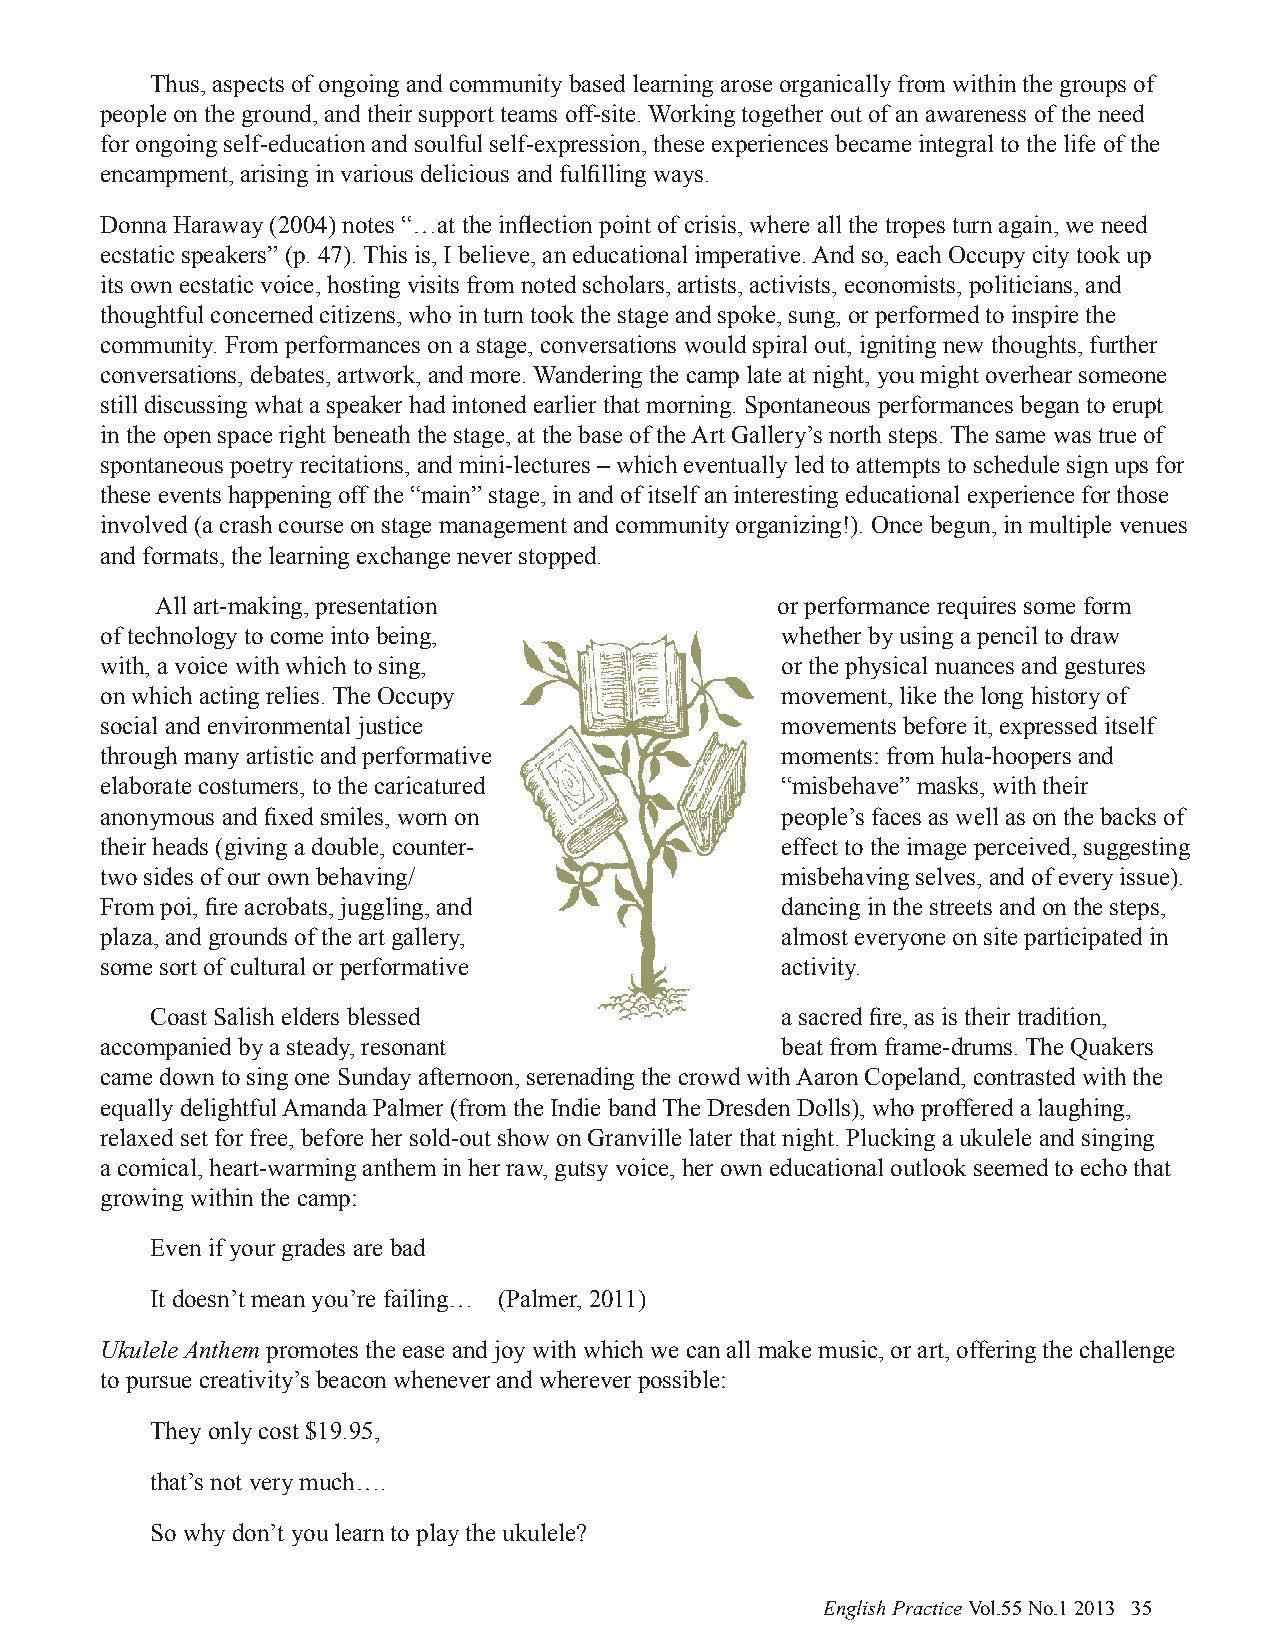
Thus, aspects of ongoing and community based learning arose organically from within the groups of
 people on the ground, and their support teams off-site. Working together out of an awareness of the need
 for ongoing self-education and soulful self-expression, these experiences became integral to the life of the
 encampment, arising in various delicious and fulfilling ways.
 Donna Haraway (2004) notes “…at the inflection point of crisis, where all the tropes turn again, we need
 ecstatic speakers” (p. 47). This is, I believe, an educational imperative. And so, each Occupy city took up
 its own ecstatic voice, hosting visits from noted scholars, artists, activists, economists, politicians, and
 thoughtful concerned citizens, who in turn took the stage and spoke, sung, or performed to inspire the
 community. From performances on a stage, conversations would spiral out, igniting new thoughts, further
 conversations, debates, artwork, and more. Wandering the camp late at night, you might overhear someone
 still discussing what a speaker had intoned earlier that morning. Spontaneous performances began to erupt
 in the open space right beneath the stage, at the base of the Art Gallery’s north steps. The same was true of
 spontaneous poetry recitations, and mini-lectures – which eventually led to attempts to schedule sign ups for
 these events happening off the “main” stage, in and of itself an interesting educational experience for those
 involved (a crash course on stage management and community organizing!). Once begun, in multiple venues
 and formats, the learning exchange never stopped.
 All art-making, presentation             or performance requires some form
 of technology to come into being,            whether by using a pencil to draw
 with, a voice with which to sing,            or the physical nuances and gestures
 on which acting relies. The Occupy           movement, like the long history of
 social and environmental justice             movements before it, expressed itself
 through many artistic and performative       moments: from hula-hoopers and
 elaborate costumers, to the caricatured      “misbehave” masks, with their
 anonymous and fixed smiles, worn on          people’s faces as well as on the backs of
 their heads (giving a double, counter-       effect to the image perceived, suggesting
 two sides of our own behaving/               misbehaving selves, and of every issue).
 From poi, fire acrobats, juggling, and       dancing in the streets and on the steps,
 plaza, and grounds of the art gallery,       almost everyone on site participated in
 some sort of cultural or performative        activity.
 Coast Salish elders blessed               a sacred fire, as is their tradition,
 accompanied by a steady, resonant            beat from frame-drums. The Quakers
 came down to sing one Sunday afternoon, serenading the crowd with Aaron Copeland, contrasted with the
 equally delightful Amanda Palmer (from the Indie band The Dresden Dolls), who proffered a laughing,
 relaxed set for free, before her sold-out show on Granville later that night. Plucking a ukulele and singing
 a comical, heart-warming anthem in her raw, gutsy voice, her own educational outlook seemed to echo that
 growing within the camp:
 Even if your grades are bad
 It doesn’t mean you’re failing… (Palmer, 2011)
 Ukulele Anthem promotes the ease and joy with which we can all make music, or art, offering the challenge
 to pursue creativity’s beacon whenever and wherever possible:
 They only cost $19.95,
 that’s not very much….
 So why don’t you learn to play the ukulele?
 English Practice Vol.55 No.1 2013 35